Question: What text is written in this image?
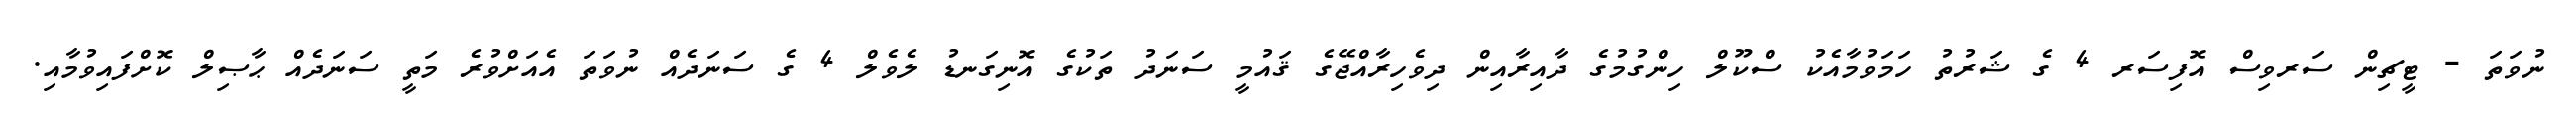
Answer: ނުވަތަ - ޓީޗިން ސަރވިސް އޮފިސަރ 4 ގެ ޝަރުތު ހަމަވުމާއެކު ސްކޫލް ހިންގުމުގެ ދާއިރާއިން ދިވެހިރާއްޖޭގެ ޤައުމީ ސަނަދު ތަކުގެ އޮނިގަނޑު ލެވެލް 4 ގެ ސަނަދެއް ނުވަތަ އެއަށްވުރެ މަތީ ސަނަދެއް ޙާޞިލް ކޮށްފައިވުމާއި.